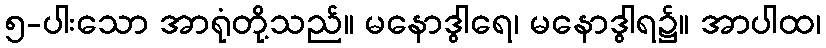
၅-ပါးသော အာရုံတို့သည်။ မနောဒွါရေ၊ မနောဒွါရ၌။ အာပါထ၊